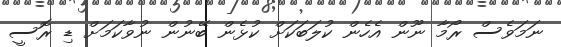
ނަމަވެސް ރޯމާ ނޫން އެހެން ކުލަބަކަށް ކުޅެން ބޭނުން ނުވާކަމަށް ޑި ރޮސީ